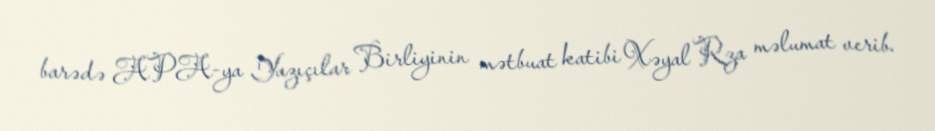
barədə APA-ya Yazıçılar Birliyinin mətbuat katibi Xəyal Rza məlumat verib.